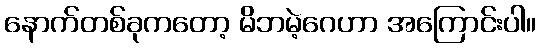
နောက်တစ်ခုကတော့ မိဘမဲ့ဂေဟာ အကြောင်းပါ။